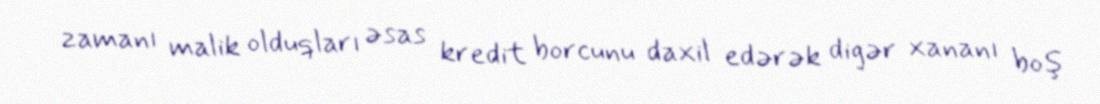
zamanı malik olduqları əsas kredit borcunu daxil edərək digər xananı boş